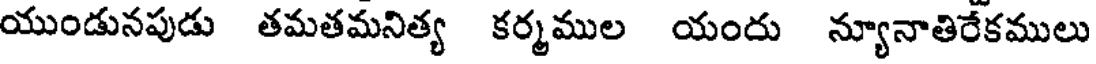
యుండునపుడు తమతమనిత్య కర్మముల యందు న్యూనాతిరేకములు